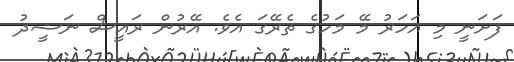
ފަށަނީ މި އަހަރު މޭ މަހުގެ ތެރޭގަ އެވެ. އޭރުން ރައީސް ނަޝީދު